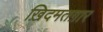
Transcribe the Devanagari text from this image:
ख़िदमतग़ार